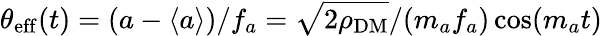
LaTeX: \theta_{\mathrm{eff}}(t)=(a-\langle a\rangle)/f_{a}=\sqrt{2\rho_{\mathrm{DM}}}/(m_{a}f_{a})\cos(m_{a}t)